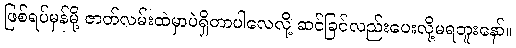
ဖြစ်ရပ်မှန်မို့ ဇာတ်လမ်းထဲမှာပဲရှိတာပါလေလို့ ဆင်ခြင်လည်းပေးလို့မရဘူးနော်။